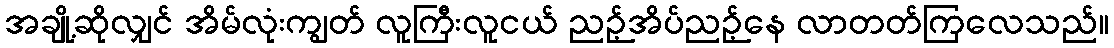
အချို့ဆိုလျှင် အိမ်လုံးကျွတ် လူကြီးလူငယ် ညဉ့်အိပ်ညဉ့်နေ လာတတ်ကြလေသည်။